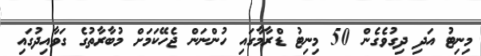
މިނިޓު އަދި ދިގުވެގެން 50 މިނިޓު ޑްރާމާގައި ހުންނަން ޖެހޭކަމަށް މުބާރާތުގެ ގަވާއިދުގައި